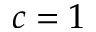
c = 1